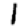
Digit: 1